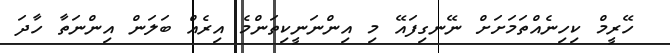
ހޭރީމް ކިހިނެއްތަމަށަށް ނޭނގިފައޭ މި އިންނަނީކިތަންމެ އިރެއް ބަލަން އިންނަތާ ހާދަ